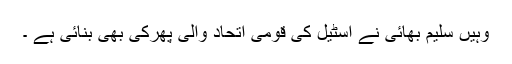
وہیں سلیم بھائی نے اسٹیل کی قومی اتحاد والی پھرکی بھی بنائی ہے ۔